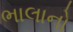
ભાલાનો